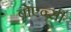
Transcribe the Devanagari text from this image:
बोएन्सी